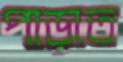
পাড়াত